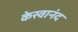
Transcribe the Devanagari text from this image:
केस्वानंद